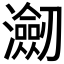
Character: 𭳤